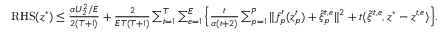
\begin{array} { r } { \mathrm { R H S } ( z ^ { * } ) \leq \frac { \alpha U _ { 2 } ^ { 2 } / E } { 2 ( T + 1 ) } + \frac { 2 } { E T ( T + 1 ) } \sum _ { t = 1 } ^ { T } \sum _ { e = 1 } ^ { E } \Big \{ \frac { t } { \alpha ( t + 2 ) } \sum _ { p = 1 } ^ { P } \| f _ { p } ^ { \prime } ( z _ { p } ^ { t } ) + \tilde { \xi } _ { p } ^ { t , e } \| ^ { 2 } + t \langle \tilde { \xi } ^ { t , e } , z ^ { * } - z ^ { t , e } \rangle \Big \} . } \end{array}